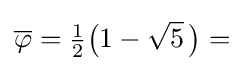
{\overline {\varphi }}={\tfrac {1}{2}}{\bigl (}1-{\sqrt {5}}~\!{\bigr )}={}